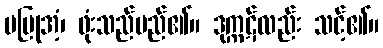
မပြုအံ့၊ ဖုံးသည်မည်၏။ ဒုက္ကဋ်လည်း သင့်၏။